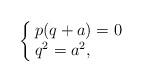
LaTeX: \begin{align*}\left\{\begin{array}{@{\,}lll} p(q+a)=0\\q^2=a^2,\end{array} \right. \end{align*}